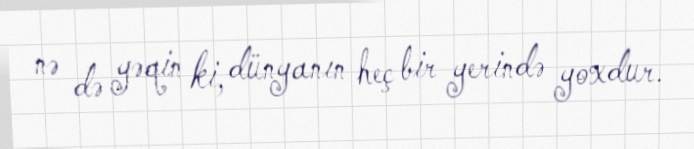
nə də yəqin ki, dünyanın heç bir yerində yoxdur.